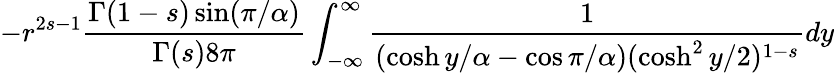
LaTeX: -r^{2s-1}{\frac{\Gamma(1-s)\sin(\pi/\alpha)}{\Gamma(s)8\pi}}\int_{-\infty}^{\infty}{\frac{1}{(\cosh y/\alpha-\cos\pi/\alpha)(\cosh^{2}y/2)^{1-s}}}dy